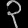
Digit: ၃